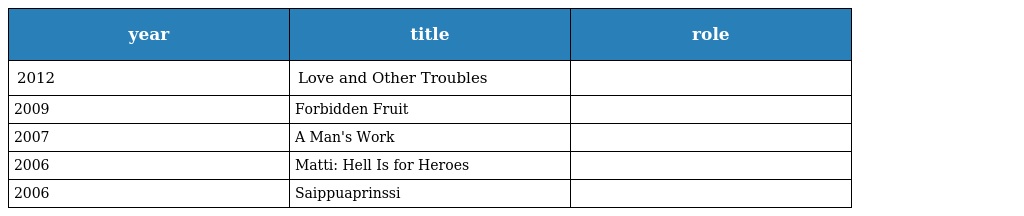
| year | title | role |
 | --- | --- | --- |
 | 2012 | Love and Other Troubles |  |
 | 2009 | Forbidden Fruit |  |
 | 2007 | A Man's Work |  |
 | 2006 | Matti: Hell Is for Heroes |  |
 | 2006 | Saippuaprinssi |  |